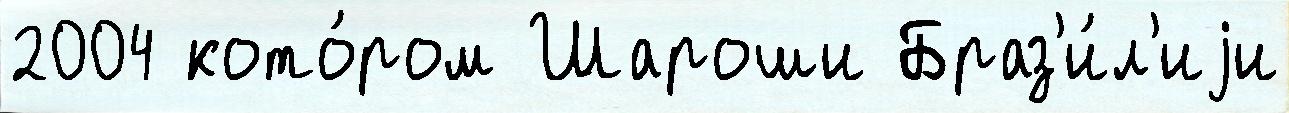
2004 кото́ром Шароши Браз'и́л'иjи